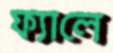
ফ্যালে